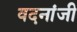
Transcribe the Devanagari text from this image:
वदनांजी